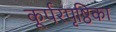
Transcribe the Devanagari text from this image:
कूर्परपृष्ठिका